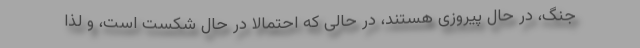
جنگ، در حال پیروزی هستند، در حالی که احتمالاً در حال شکست است، و لذا